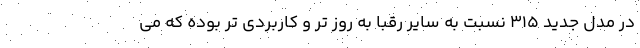
در مدل جدید 315 نسبت به سایر رقبا به روز تر و کاربردی تر بوده که می